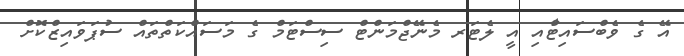
އޭ ގެ ވެބްސައިޓްާއި އީ ލެޓަރ މެނޭޖްމަންޓް ސިސްޓަމް ގެ މަސައްކަތްތައް ސުޕަވައިޒްކޮށް